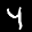
Label: 4